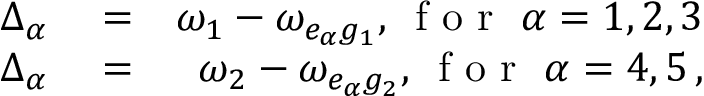
\begin{array} { r l r } { \Delta _ { \alpha } } & { { } = } & { \omega _ { 1 } - \omega _ { e _ { \alpha } g _ { 1 } } , \, \mathrm { ~ f ~ o ~ r ~ } \, \, \alpha = 1 , 2 , 3 } \\ { \Delta _ { \alpha } } & { { } = } & { \omega _ { 2 } - \omega _ { e _ { \alpha } g _ { 2 } } , \, \mathrm { ~ f ~ o ~ r ~ } \, \, \alpha = 4 , 5 \, , } \end{array}